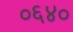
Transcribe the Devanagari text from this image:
०६४०